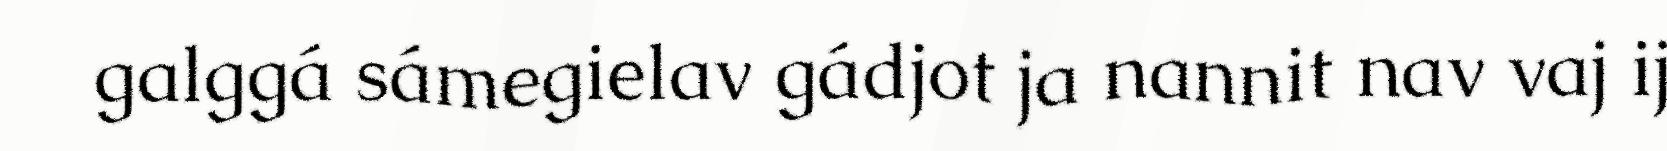
galggá sámegielav gádjot ja nannit nav vaj ij